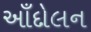
આઁદોલન